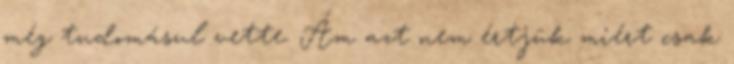
még tudomásul vette. Ám azt nem értjük miért csak